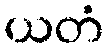
ယတံ